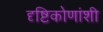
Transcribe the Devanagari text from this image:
दृष्टिकोणांशी